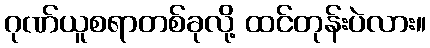
ဂုဏ်ယူစရာတစ်ခုလို့ ထင်တုန်းပဲလား။